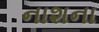
નાશના